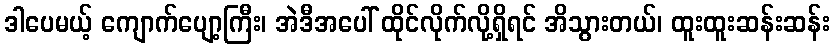
ဒါပေမယ့် ကျောက်ပျော့ကြီး၊ အဲဒီအပေါ် ထိုင်လိုက်လို့ရှိရင် အိသွားတယ်၊ ထူးထူးဆန်းဆန်း